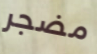
مضجر